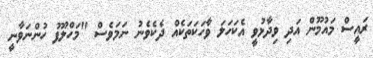
ރައީސް މައުމޫން އަދި ވިދާޅުވީ އެކަހަލަ ވާހަކަތަކެއް ދެކެވެނު ނަމަވެސް "މަހްލޫފު ހުންނަވާނީ